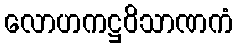
လောဟကဋ္ဌဝိသာဏကံ